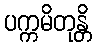
ပက္ကမိတုန္တိ